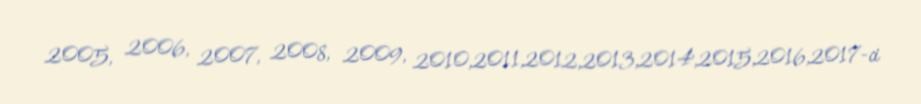
2005, 2006, 2007, 2008, 2009, 2010,2011,2012,2013,2014,2015,2016,2017-ci